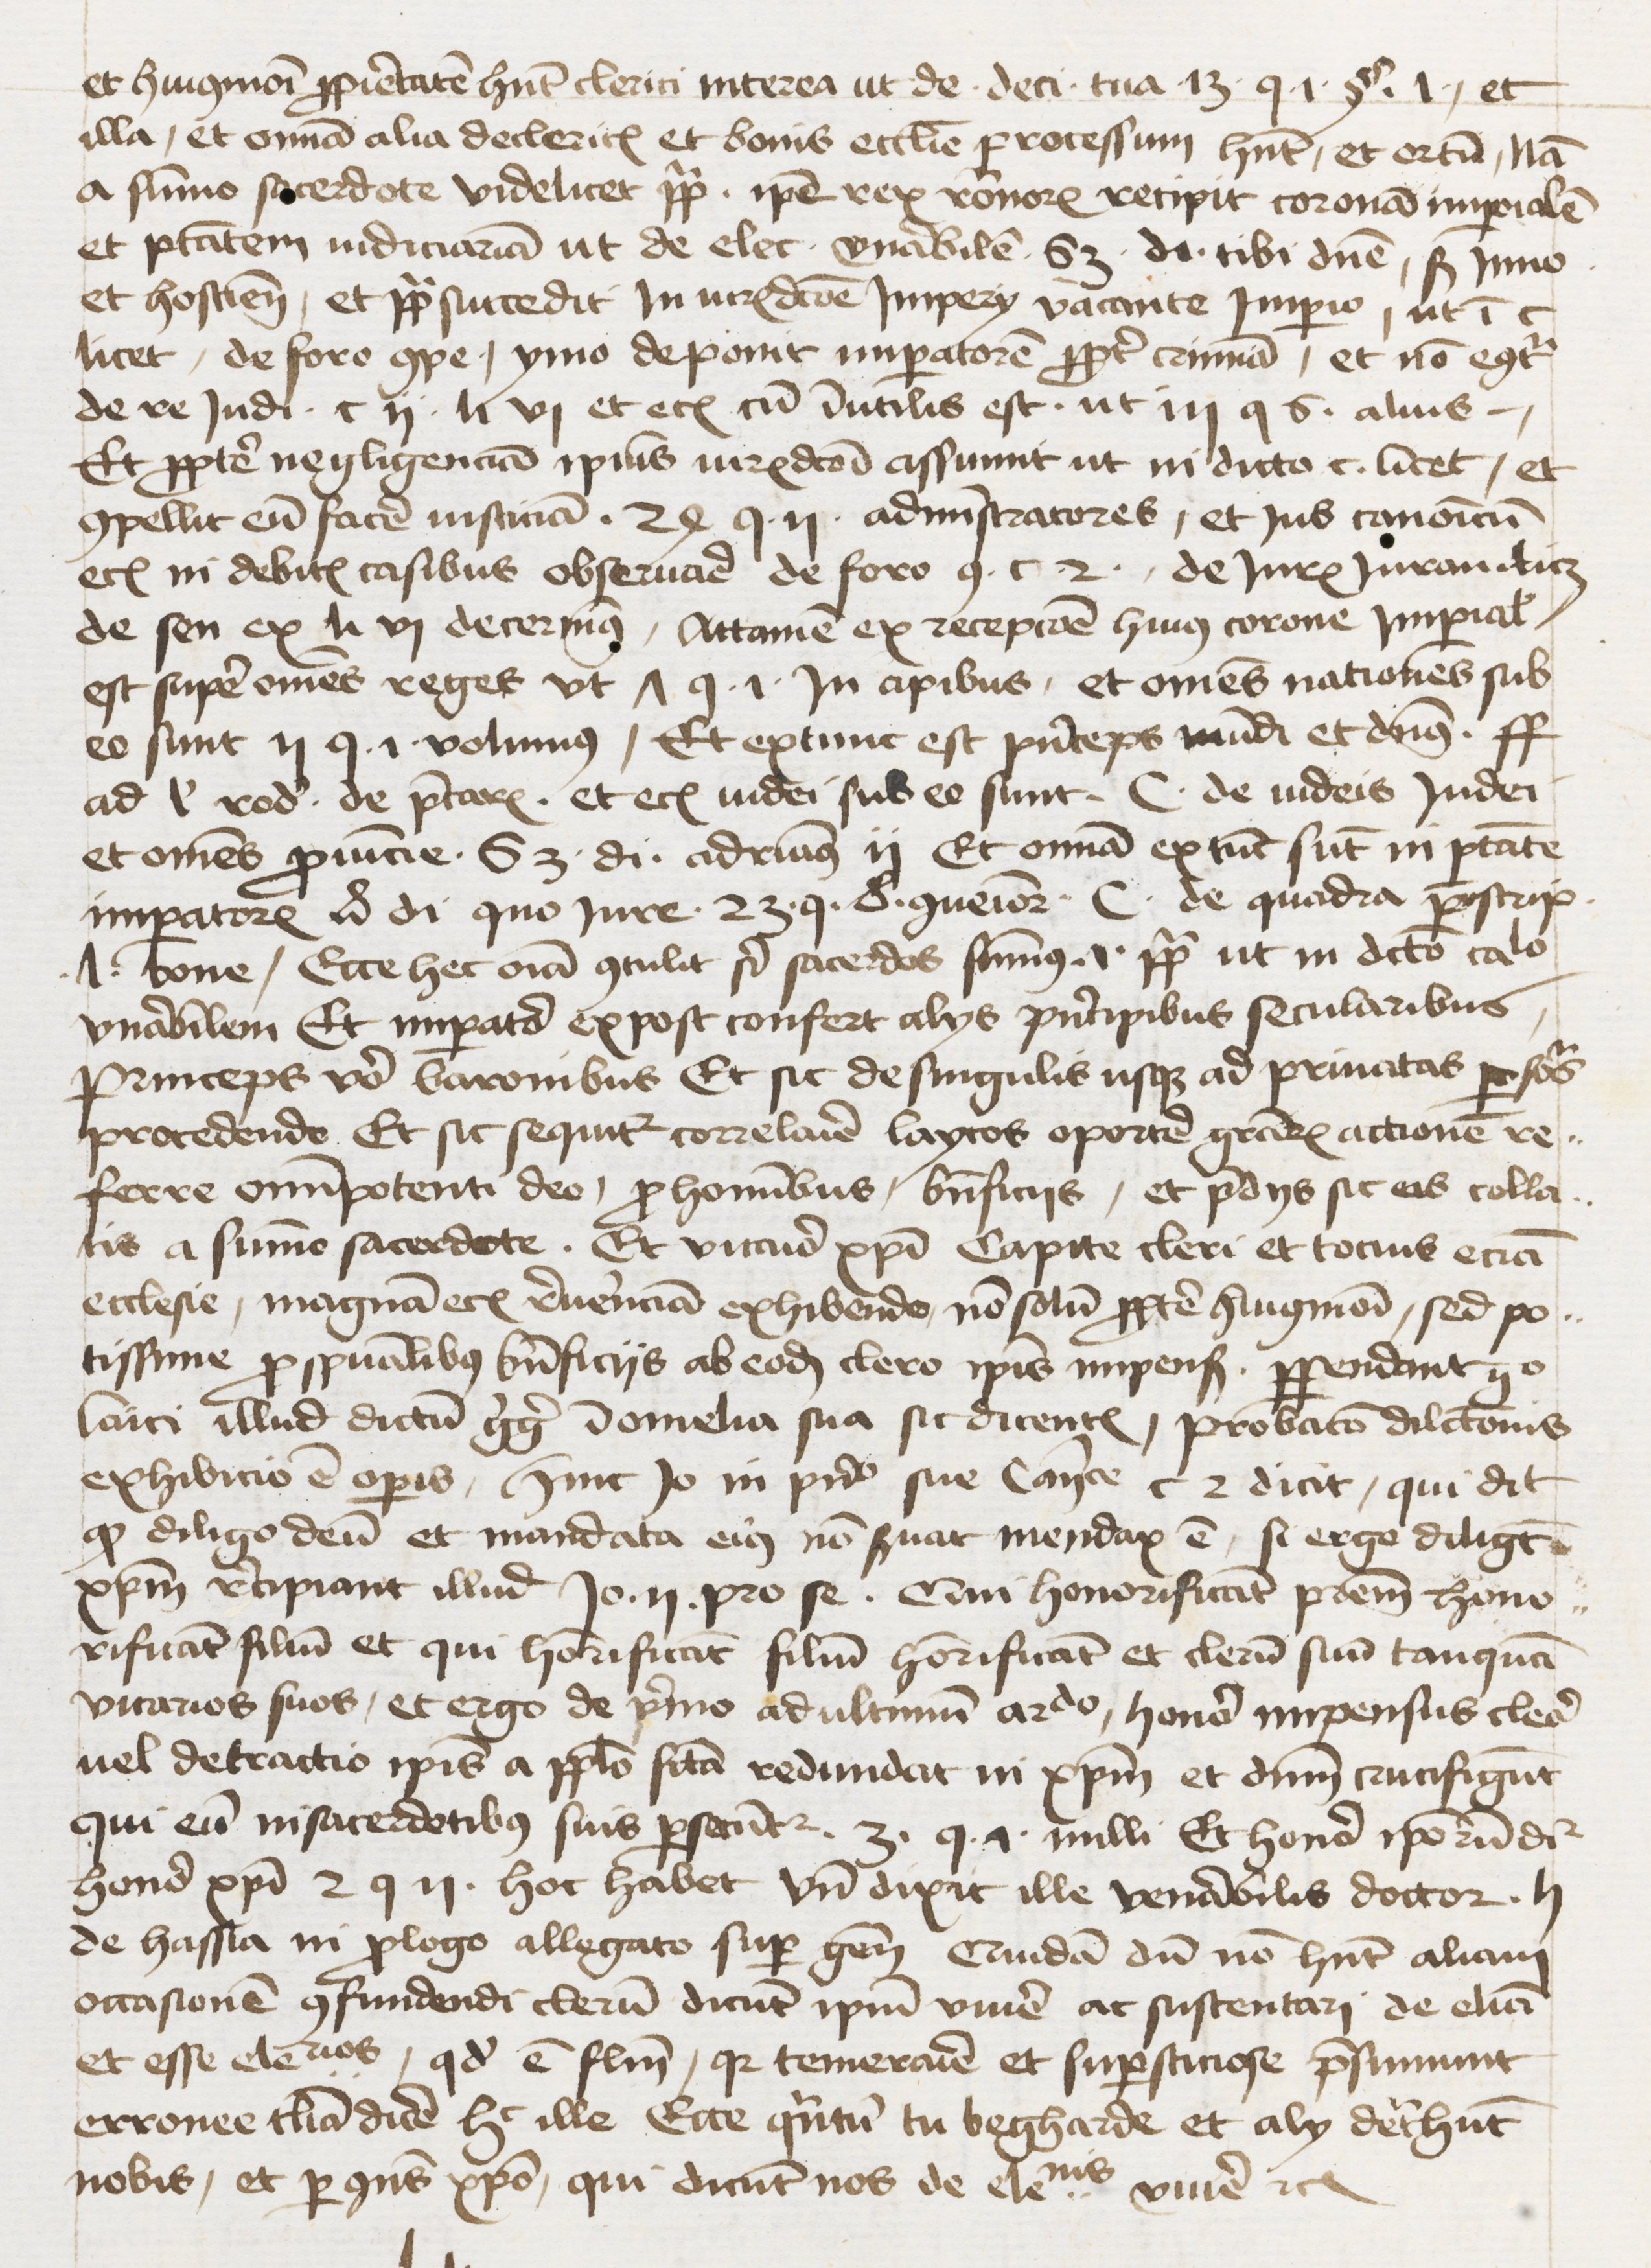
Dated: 1445–1474